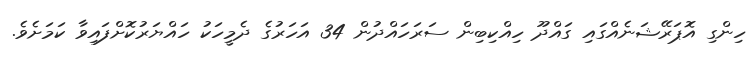
ހިންގި އޮޕަރޭޝަނެއްގައި ގައްދޫ ހިއްކިބިން ސަރަހައްދުން 34 އަހަރުގެ ދެމީހަކު ހައްޔަރުކޮށްފައިވާ ކަމަށެވެ.